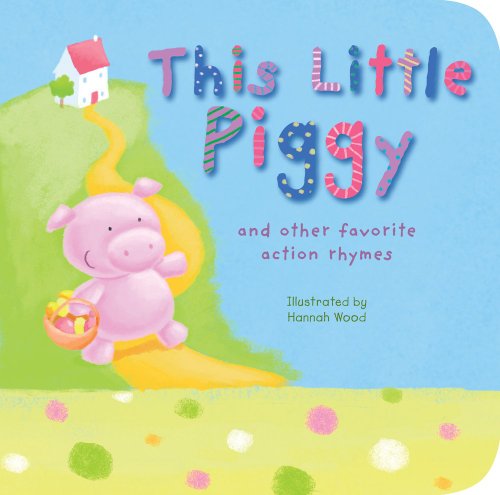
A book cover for This Little Piggy: And Other Favorite Action Rhymes; Children's Books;